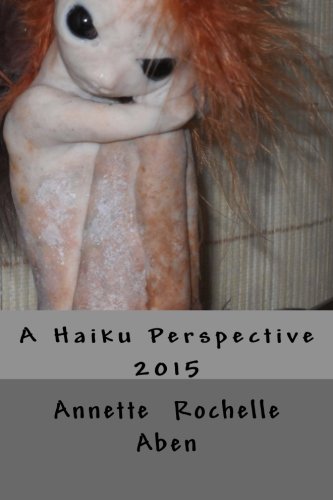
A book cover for A Haiku Perspective; Annette Rochelle Aben; Literature & Fiction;